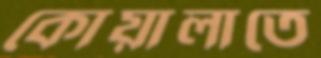
কোয়ালাতে